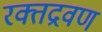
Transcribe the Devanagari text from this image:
रक्तद्रवण